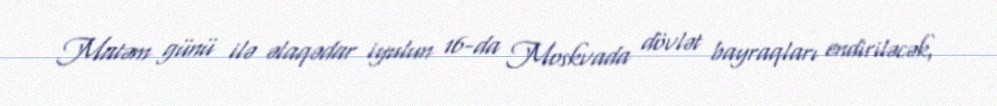
Matəm günü ilə əlaqədar iyulun 16-da Moskvada dövlət bayraqları endiriləcək,